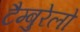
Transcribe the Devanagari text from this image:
टैम्बुरेलो